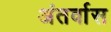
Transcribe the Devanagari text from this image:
अंतर्वास